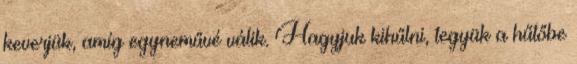
keverjük, amíg egyneművé válik. Hagyjuk kihűlni, tegyük a hűtőbe